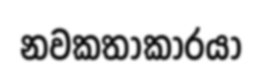
නවකතාකාරයා